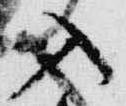
入